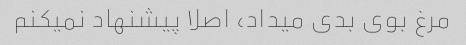
مرغ بوی بدی میداد، اصلا پیشنهاد نمیکنم